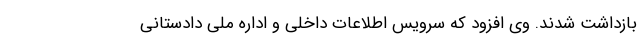
بازداشت شدند. وی افزود که سرویس اطلاعات داخلی و اداره ملی دادستانی